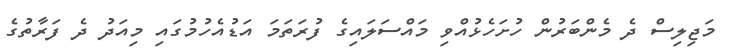
މަޖިލިސް ދެ މެންބަރުން ހުށަހެޅުއްވި މައްސަލައިގެ ފުރަތަމަ އަޑުއެހުމުގައި މިއަދު ދެ ފަރާތުގެ